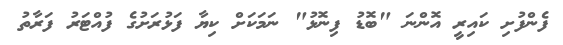
ފެންފުށި ކައިރީ އޮންނަ "ބޮޑު ފިނޮޅު" ނަމަކަށް ކިޔާ ފަޅުރަށުގެ ފުއްޓަރު ފަރާތު